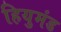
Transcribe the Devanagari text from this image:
हियुमंड